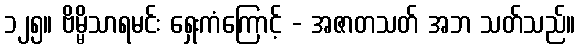
၁၂၅။ ဗိမ္မိသာရမင်း ရှေးကံကြောင့် - အဇာတသတ် အဘ သတ်သည်။